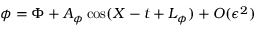
\phi = \Phi + A _ { \phi } \cos ( X - t + L _ { \phi } ) + O ( \epsilon ^ { 2 } )